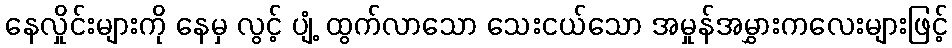
နေလှိုင်းများကို နေမှ လွင့် ပျံ့ ထွက်လာသော သေးငယ်သော အမှုန်အမွှားကလေးများဖြင့်